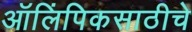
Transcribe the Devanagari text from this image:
ऑलिंपिकसाठीचे